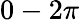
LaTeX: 0-2\pi